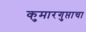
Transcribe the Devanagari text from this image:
कुमारगुप्ताचा